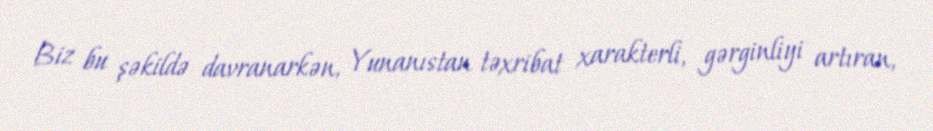
Biz bu şəkildə davranarkən, Yunanıstan təxribat xarakterli, gərginliyi artıran,